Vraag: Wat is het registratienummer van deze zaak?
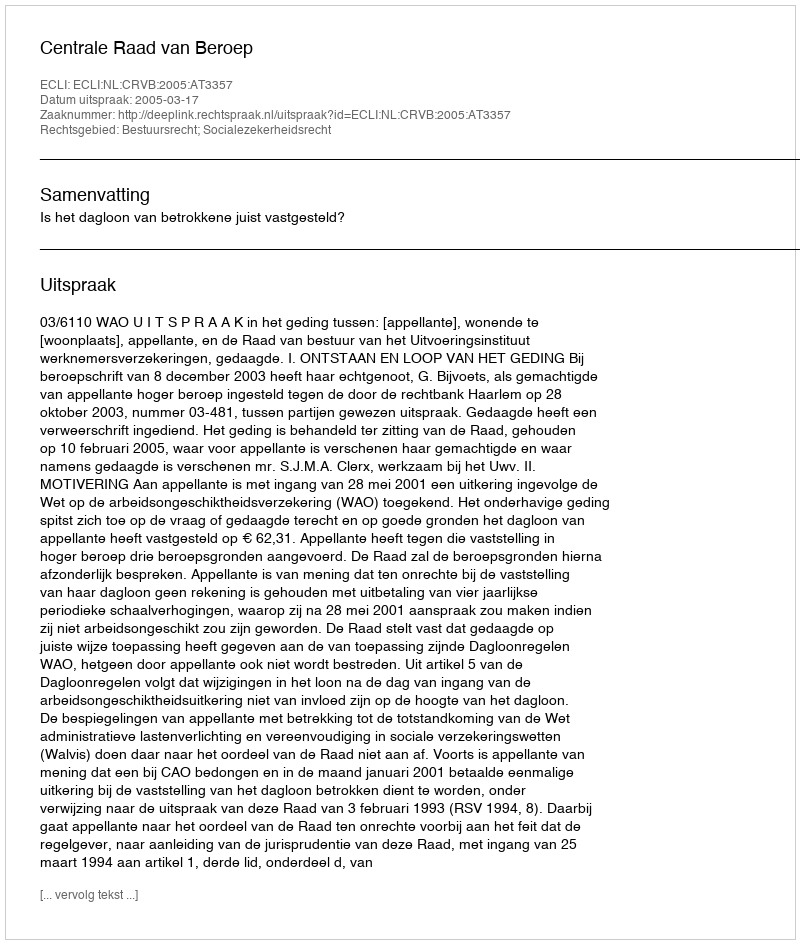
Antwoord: http://deeplink.rechtspraak.nl/uitspraak?id=ECLI:NL:CRVB:2005:AT3357